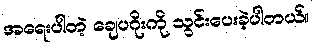
အရေးပါတဲ့ ချေပဂိုးကို သွင်းပေးခဲ့ပါတယ်။